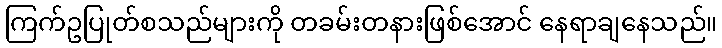
ကြက်ဥပြုတ်စသည်များကို တခမ်းတနားဖြစ်အောင် နေရာချနေသည်။